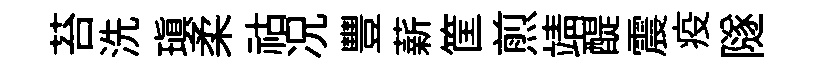
苔洗瑱柔祜况豐薪筐煎靖醍震疫隧